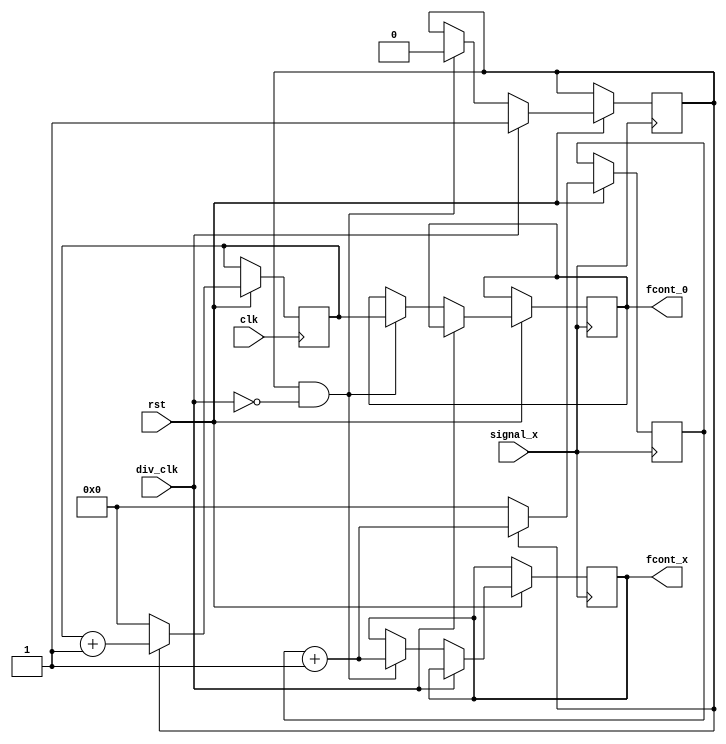
module Cont_Rre(
	input clk,rst,
	input div_clk,  //threshold clk
	input signal_x,
	output[31:0] fcont_0,
	output[31:0] fcont_x
	);
/*========================================================
	Measure the frequence of signal x .
	fre_clk/fcont_0 = fre_sigX/fcont_x;
	so,the fre of signal x is:
	
	 fre = fre_clk*fcont_x/fcont_0;
	 
	 error is around the period of clk.
========================================================*/
	//count signal_X
	reg [31:0] cont_x;
	always @(posedge signal_x or negedge rst) begin
		if (!rst) begin
			// reset		
		end
		else if(START==1) begin
				cont_x = cont_x +1;
			  end else begin
				cont_x <= 0;
			  end
	end
	//START is kind of reg, can it be used as @posedg
//========================================================	
	//count cont_0
	reg [31:0] cont_0;
	always @(posedge clk or negedge rst) begin
		if (!rst) begin
			// reset		
		end
		else if (START==1) begin
			//has started
			cont_0 <= cont_0 + 1;
		end else begin
			cont_0 <= 0;//reset counter
		end
	end
//========================================================	
	reg START;
	reg [31:0] fcont_0,fcont_x;
	//control start&end;count cont_x;	
	always @(posedge signal_x or negedge rst) begin
		if (!rst) begin
			// reset		
		end
		else
				 if (div_clk==1) begin
					//start count
					START <= 1; 
				end 
				else  if (START == 1 && div_clk==0) begin
					//end counting
					fcont_0 <= cont_0;//output when it down first time;
					fcont_x <= cont_x + 1;
					START <= 0;//count completed
				end
		end
//========================================================

endmodule